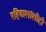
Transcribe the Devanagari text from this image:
रहिवाशांशीही